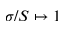
\sigma / S \mapsto 1